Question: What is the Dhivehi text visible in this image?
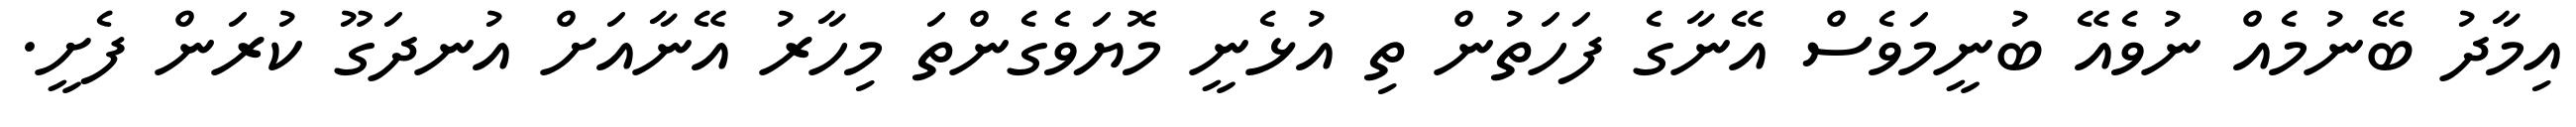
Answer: އިމާދު ބޭނުމެއް ނުވެއޭ ބުނީމަވެސް އޭނާގެ ފަހަތުން ތި އުޅެނީ މޮޔަވެގެންތަ މިހާރު އޭނާއަށް އުނދަގޫ ކުރަން ފެށީ.